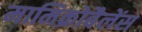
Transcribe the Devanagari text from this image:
मामिक्रोबैलेंस